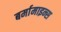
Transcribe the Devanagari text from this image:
बर्मामाइन्स